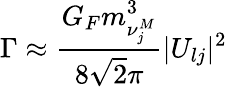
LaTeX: \Gamma\approx\frac{G_{F}m_{\nu_{j}^{M}}^{3}}{8\sqrt{2}\pi}|U_{lj}|^{2}